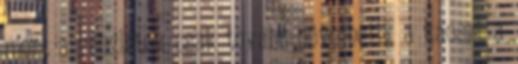
mert a részletek csak tovább növelhetik a káoszt a